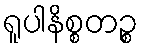
ရူပါနိစ္စတဉ္စ